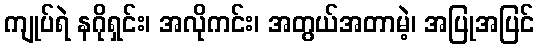
ကျုပ်ရဲ နဂိုရှင်း၊ အလိုကင်း၊ အတွယ်အတာမဲ့၊ အပြုအပြင်